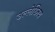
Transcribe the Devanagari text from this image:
उल्लेख्निय